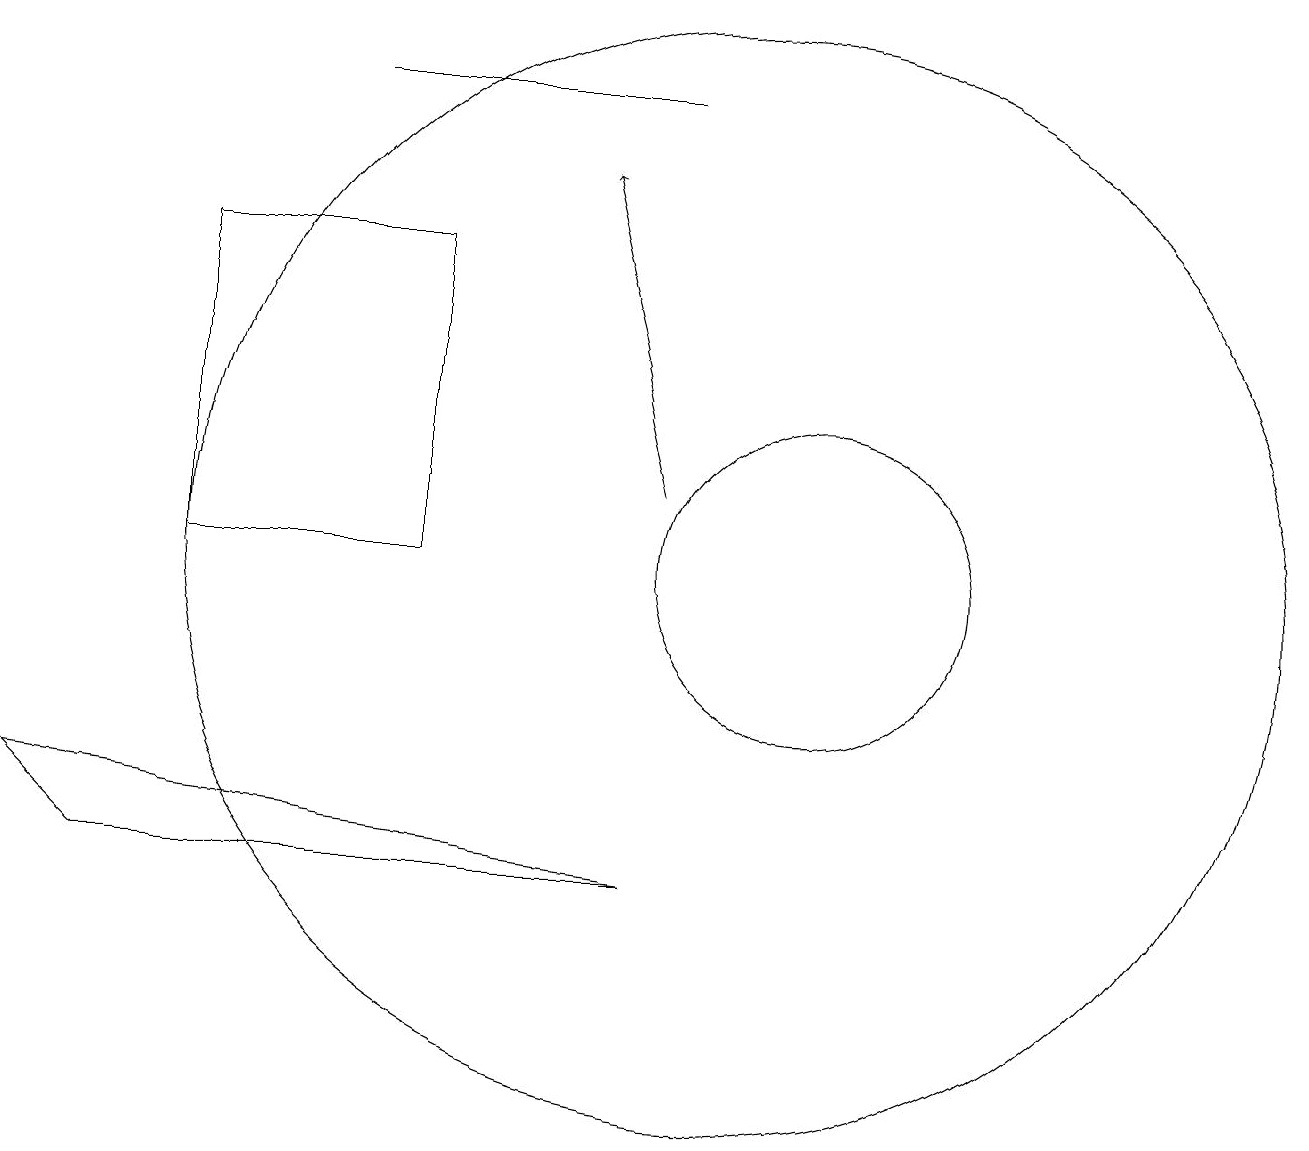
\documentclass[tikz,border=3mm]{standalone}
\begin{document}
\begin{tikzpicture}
\draw (9,16) rectangle (5,16);
\draw (11,10) circle (0);
\draw (3,10) rectangle (6,14);
\draw (2,6) -- (9,6) -- (1,7) -- cycle;
\draw[->] (9,11) -- (8,15);
\draw (10,10) circle (7);
\draw (11,10) circle (2);
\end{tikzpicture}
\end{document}